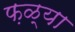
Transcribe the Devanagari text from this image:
फ़ळ्या